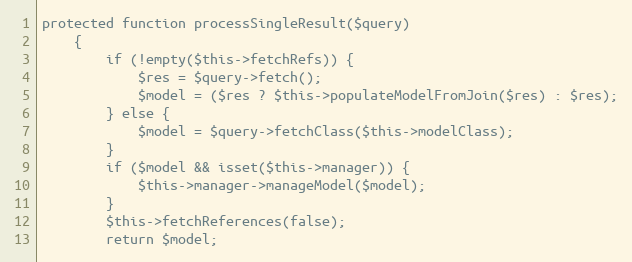
Language: PHP
protected function processSingleResult($query)
    {
        if (!empty($this->fetchRefs)) {
            $res = $query->fetch();
            $model = ($res ? $this->populateModelFromJoin($res) : $res);
        } else {
            $model = $query->fetchClass($this->modelClass);
        }
        if ($model && isset($this->manager)) {
            $this->manager->manageModel($model);
        }
        $this->fetchReferences(false);
        return $model;